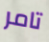
تامر